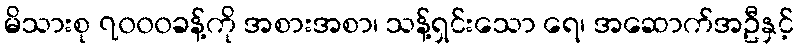
မိသားစု ၇၀၀၀ခန့်ကို အစားအစာ၊ သန့်ရှင်းသော ရေ၊ အဆောက်အဦနှင့်